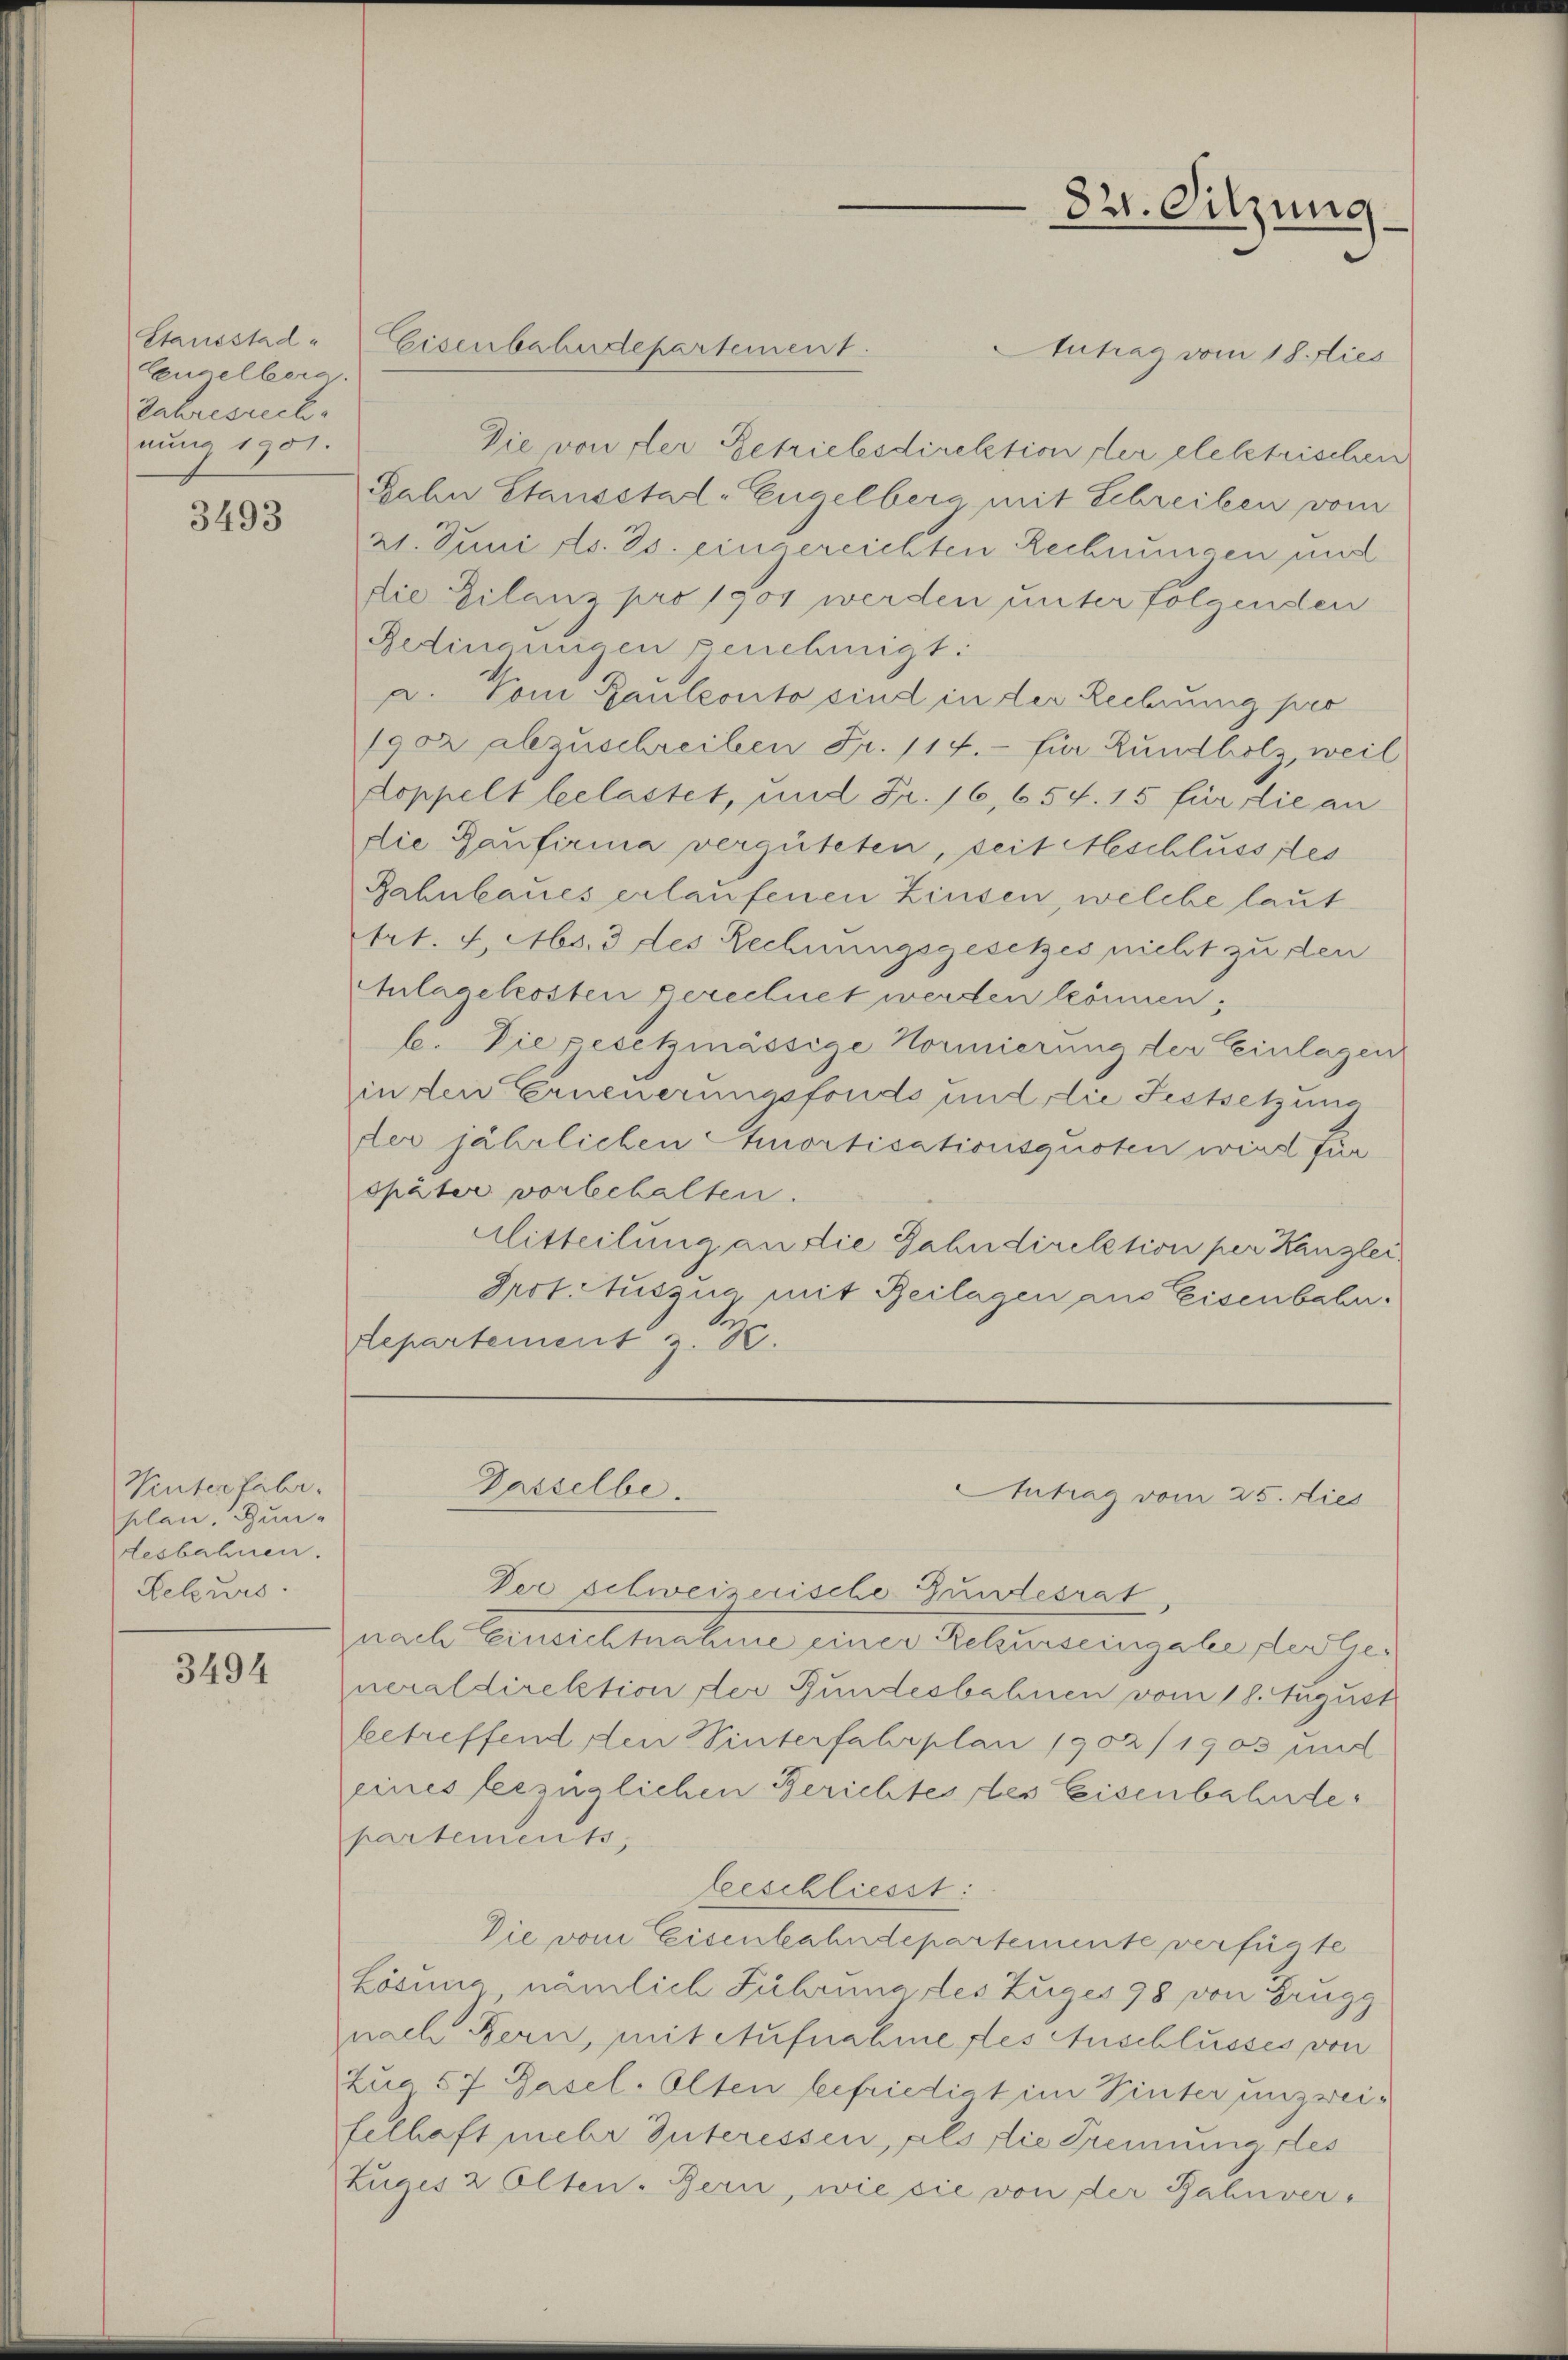
Stausstad
Enselberg.
Jahresrech
nung 1901.

3493

Wintertabr.
plan. Bun-
desbahnen.
Rekurs

3494

Antrag vom 18. dies
Die von der Getriebesdirektion der elektrischen
Jahn Stausstat-Engelberg mit Schreiben vom
21. Juni d. Js. eingereichten Rechnungen mit
die Filanz pro 1904 werden unter folgenden
Gedingungen genehmigt:
a. Vom Kaulconto sind in der Rechnung pro
1902 abzuschreiben Fr. 114.- für Rundholz, weil
oppelt leelastet, und Fr. 16,654. 15 für die an
die Baufirma vergüteten, seit schlussses
Rahnbaues erlaufenen Zinsen, welche laut
trt. 4. Ms. 3 des Rechnungsgesetzes nicht zu den
Anlagekosten Berechnet werden können;
b. Die gesetzmässige Normierung der Einlagen
in den Erneuerungsfonds und die Festsetzung
der jährlichen Amortisationsquoten wird für
später vorbehalten.
Mitteilung an die Jahndirektion per Kanzler
Prot. Auszug, mit Beilagen aus Eisenbahn.
Repartement u. 3.

Der schweizerische Gundesrat
uael Benelemahne einer Relinnerengabe, les ges
neraldirektion der Bundesbahnen vom 18. August
betreffend den Sinterfahrplan 1902/1903 und
eines bezüglichen Berichtes des Eisenbahnde
partements,
beeschliesst:
Die vom Eisenbahndepartemente verfügte
Lösung, nämlich Führung, des Zuges 98 von Brugg
nach Bern, mit Aufnahme des Anschlusses von
Zua 57 Basel. Olten befriedigt im Pinter unzweis
felhaft mehr Suteressen, als die Trennung des
Zuges 2 Olten. Bern, wie sie von der Bahnver-

Eisenbahndepartement.

Passelbe.

32. Sitzung

Antrag vom 25. dies